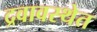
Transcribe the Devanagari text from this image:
द्रवावस्थेत